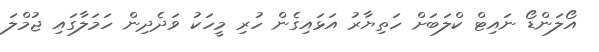
އޯލަންޑޯ ނައިޓް ކްލަބަށް ހަތިޔާރު އަޅައިގެން ހުރި މީހަކު ވަދެދިން ހަމަލާގައި ޖުމްލަ